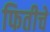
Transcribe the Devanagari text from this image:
फितीचे